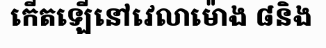
កើតឡើនៅវេលាម៉ោង ៨និង